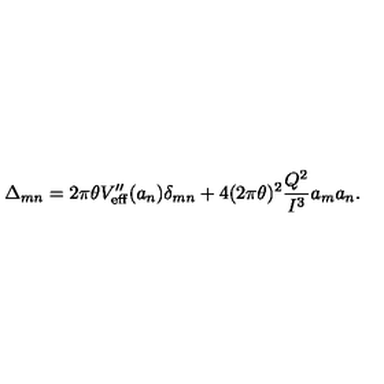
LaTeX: \Delta _ { m n } = 2 \pi \theta V _ { \mathrm { e f f } } ^ { \prime \prime } ( a _ { n } ) \delta _ { m n } + 4 ( 2 \pi \theta ) ^ { 2 } \frac { Q ^ { 2 } } { I ^ { 3 } } a _ { m } a _ { n } .